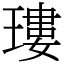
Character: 㻲